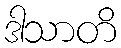
ဒါသာတိ